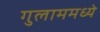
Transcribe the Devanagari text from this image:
गुलाममध्ये